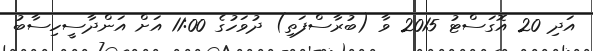
އަދި 20 އޮގަސްޓު 2015 ވާ (ބުރާސްފަތި) ދުވަހުގެ 11:00 އަށް އަންދާސީހިސާބު